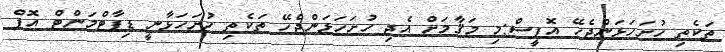
ތަކެތި ހުށަހަޅަންޖެހޭ އޮފީސް:މި މަޤާމަށް އެދި ހުށަހަޅަންޖެހޭ ތަކެތި ހުށަހަޅާނީ ޑިޕާޓްމަންޓް އޮފް